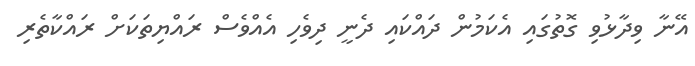
އޭނާ ވިދާޅުވި ގޮތުގައި އެކަމުން ދައްކައި ދެނީ ދިވެހި އެއްވެސް ރައްޔިތަކަށް ރައްކާތެރި